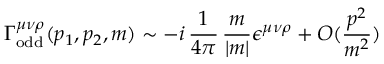
\Gamma _ { \mathrm { o d d } } ^ { \mu \nu \rho } ( p _ { 1 } , p _ { 2 } , m ) \sim - i \, \frac { 1 } { 4 \pi } \, \frac { m } { | m | } \epsilon ^ { \mu \nu \rho } + O ( \frac { p ^ { 2 } } { m ^ { 2 } } )